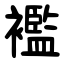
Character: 襤